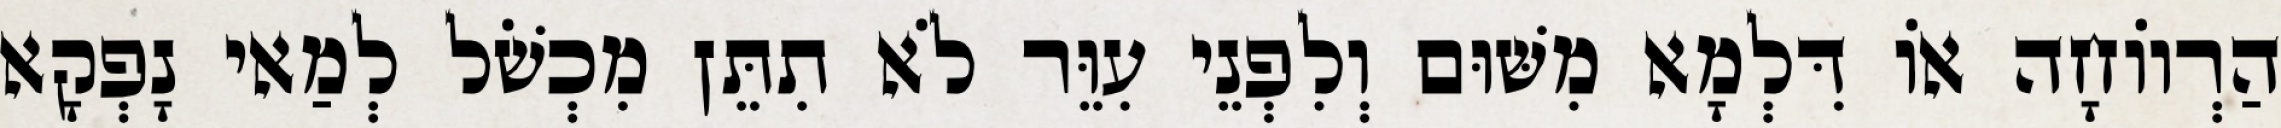
הַרְווֹחָה אוֹ דִּלְמָא מִשּׁוּם וְלִפְנֵי עִוֵּר לֹא תִתֵּן מִכְשֹׁל לְמַאי נָפְקָא